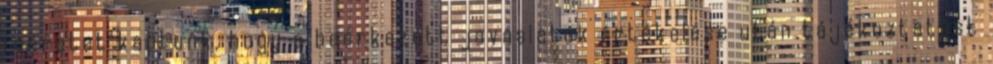
ígéretet kaptunk, hogy a beérkezett javaslatok értékelése után tájékoztatást